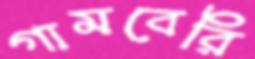
গামবেরি